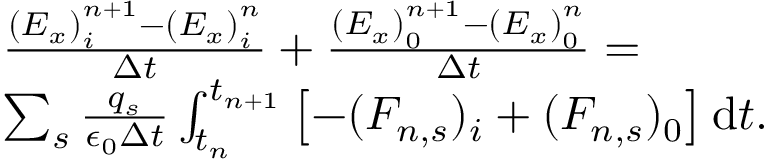
\begin{array} { r l } & { \frac { \left( E _ { x } \right) _ { i } ^ { n + 1 } - \left( E _ { x } \right) _ { i } ^ { n } } { \Delta t } + \frac { \left( E _ { x } \right) _ { 0 } ^ { n + 1 } - \left( E _ { x } \right) _ { 0 } ^ { n } } { \Delta t } = } \\ & { \sum _ { s } \frac { q _ { s } } { \epsilon _ { 0 } \Delta t } \int _ { t _ { n } } ^ { t _ { n + 1 } } \left[ - ( F _ { n , s } ) _ { i } + ( F _ { n , s } ) _ { 0 } \right] \mathrm { d } t . } \end{array}